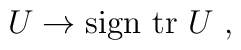
U \rightarrow \mbox{sign tr } U \ ,